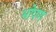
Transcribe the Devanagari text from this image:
भोपण